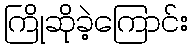
ကြိုဆိုခဲ့ကြောင်း